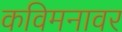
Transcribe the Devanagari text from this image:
कविमनावर